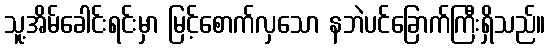
သူ့အိမ်ခေါင်းရင်းမှာ မြင့်စောက်လှသော နဘဲပင်ခြောက်ကြီးရှိသည်။